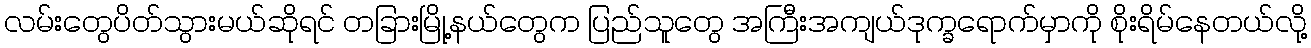
လမ်းတွေပိတ်သွားမယ်ဆိုရင် တခြားမြို့နယ်တွေက ပြည်သူတွေ အကြီးအကျယ်ဒုက္ခရောက်မှာကို စိုးရိမ်နေတယ်လို့